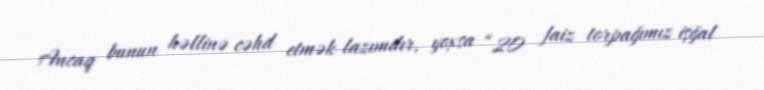
Ancaq bunun həllinə cəhd etmək lazımdır, yoxsa “20 faiz torpağımız işğal